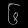
Digit: ၆